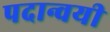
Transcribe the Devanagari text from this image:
पदान्वयी